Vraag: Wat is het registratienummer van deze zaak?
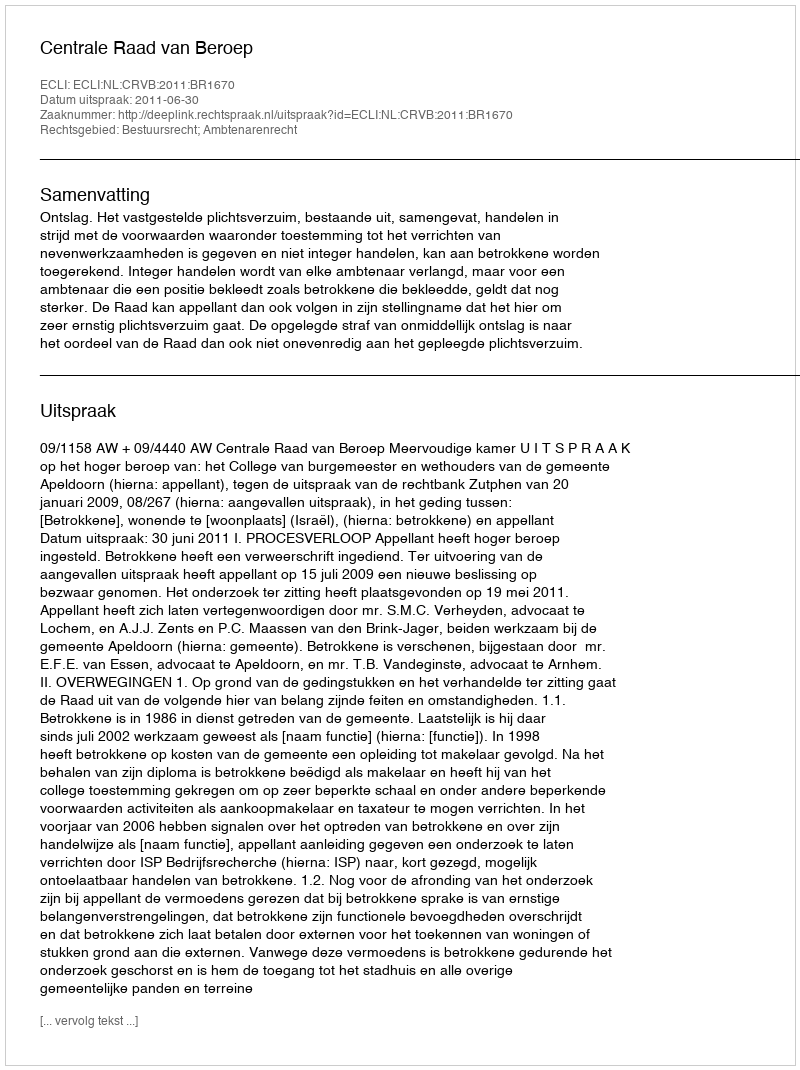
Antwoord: http://deeplink.rechtspraak.nl/uitspraak?id=ECLI:NL:CRVB:2011:BR1670